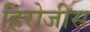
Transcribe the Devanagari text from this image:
हिरोजीस